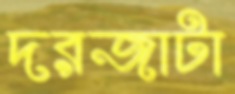
দরজাটা